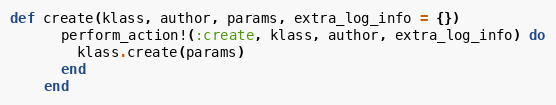
Language: Ruby
def create(klass, author, params, extra_log_info = {})
      perform_action!(:create, klass, author, extra_log_info) do
        klass.create(params)
      end
    end